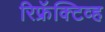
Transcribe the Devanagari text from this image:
रिफ्रॅक्‍टिव्ह